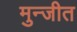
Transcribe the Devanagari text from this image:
मुन्जीत